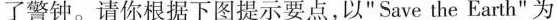
了警钟。请你根据下图提示要点，以"Save the Earth"为